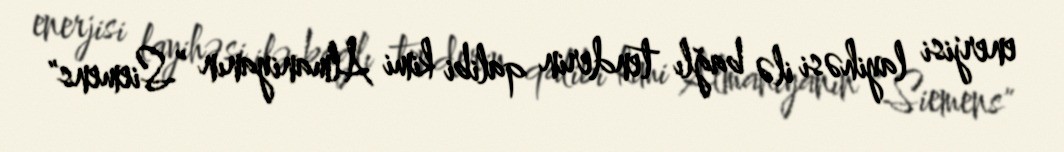
enerjisi layihəsi ilə bağlı tenderin qalibi kimi Almaniyanın ”Siemens"